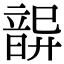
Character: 𩐦